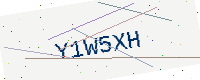
Text: Y1W5XH